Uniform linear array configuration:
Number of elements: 16
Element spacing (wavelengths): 0.5
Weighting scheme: kaiser
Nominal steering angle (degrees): -60
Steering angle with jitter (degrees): -59.066
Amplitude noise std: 0.05
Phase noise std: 0.05

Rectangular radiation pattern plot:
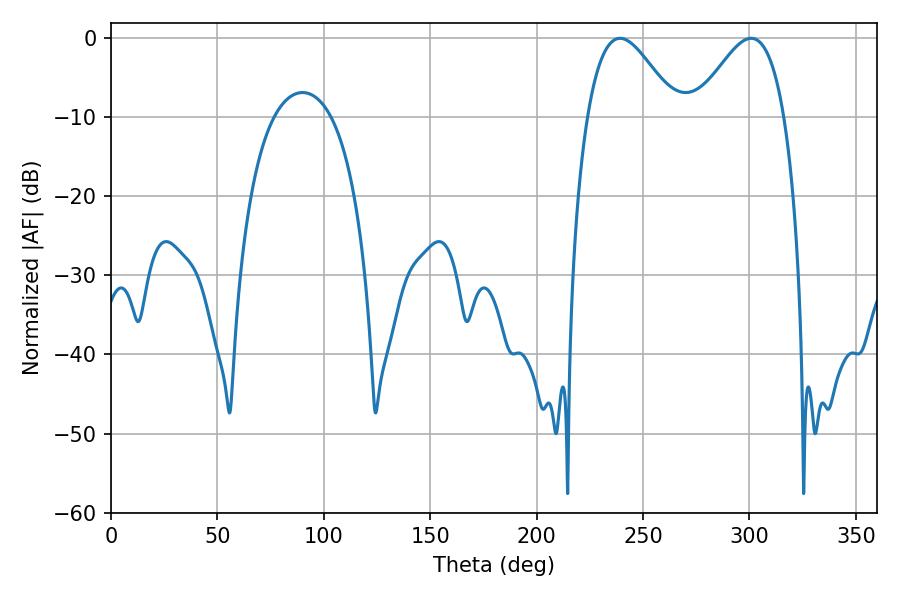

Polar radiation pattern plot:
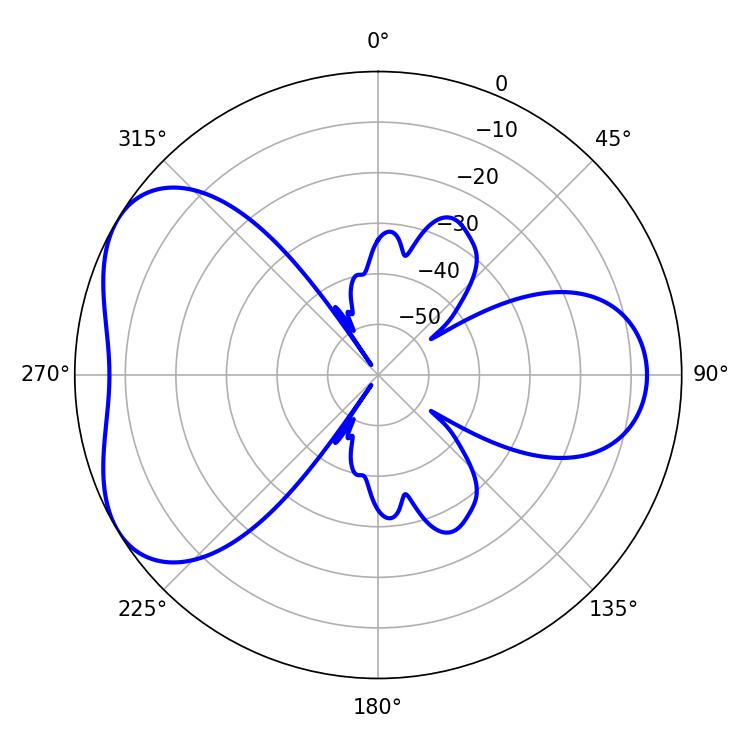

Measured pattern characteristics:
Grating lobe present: FALSE
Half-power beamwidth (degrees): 22.32
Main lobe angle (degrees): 239.22